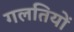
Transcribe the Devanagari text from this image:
गलतियों